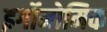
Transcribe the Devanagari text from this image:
इर्गोनोमिक